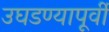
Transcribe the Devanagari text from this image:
उघडण्यापूर्वी